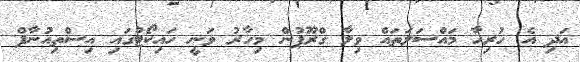
އަދި އެ ހުރިހާ މައްސަލަތައް ވިލާ ގްރޫޕުން މިހާރު ވަނީ ހައިކޯޓުގައި އިސްތިއުނާފް